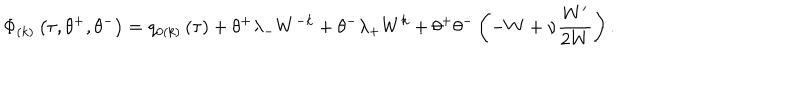
\Phi _ { \left( k \right) } \left( \tau , \theta ^ { + } , \theta ^ { - } \right) = q _ { 0 \left( k \right) } \left( \tau \right) + \theta ^ { + } \lambda _ { - } W ^ { - k } + \theta ^ { - } \lambda _ { + } W ^ { k } + \theta ^ { + } \theta ^ { - } \left( - W + \nu \frac { W ^ { \prime } } { 2 W } \right) .